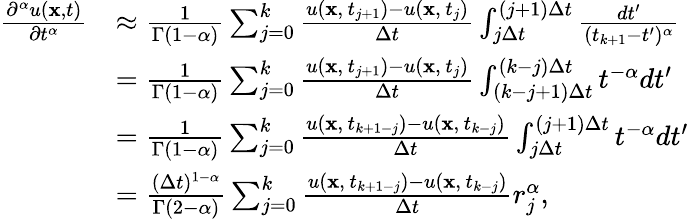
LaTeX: \begin{array}{rl}{\frac{\partial^{\alpha}u({\mathbf x},t)}{\partial t^{\alpha}}}&{\approx\frac{1}{\Gamma(1-\alpha)}\sum_{j=0}^{k}\frac{u({\mathbf x},\, t_{j+1})-u({\mathbf x},\, t_{j})}{\Delta t}\int_{j\Delta t}^{(j+1)\Delta t}\frac{dt^{\prime}}{(t_{k+1}-t^{\prime})^{\alpha}}}\\ &{=\frac{1}{\Gamma(1-\alpha)}\sum_{j=0}^{k}\frac{u({\mathbf x},\, t_{j+1})-u({\mathbf x},\, t_{j})}{\Delta t}\int_{(k-j+1)\Delta t}^{(k-j)\Delta t}t^{-\alpha}dt^{\prime}}\\ &{=\frac{1}{\Gamma(1-\alpha)}\sum_{j=0}^{k}\frac{u({\mathbf x},\, t_{k+1-j})-u({\mathbf x},\, t_{k-j})}{\Delta t}\int_{j\Delta t}^{(j+1)\Delta t}t^{-\alpha}dt^{\prime}}\\ &{=\frac{(\Delta t)^{1-\alpha}}{\Gamma(2-\alpha)}\sum_{j=0}^{k}\frac{u({\mathbf x},\, t_{k+1-j})-u({\mathbf x},\, t_{k-j})}{\Delta t}r_{j}^{\alpha},}\end{array}